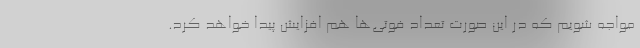
مواجه شویم که در این صورت تعداد فوتی‌ها هم افزایش پیدا خواهد کرد.